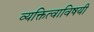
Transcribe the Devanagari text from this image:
व्यक्तित्वाविषयी